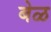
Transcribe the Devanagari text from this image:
बेळ